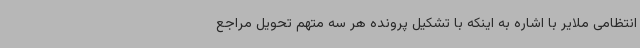
انتظامی ملایر با اشاره به اینکه با تشکیل پرونده هر سه متهم تحویل مراجع